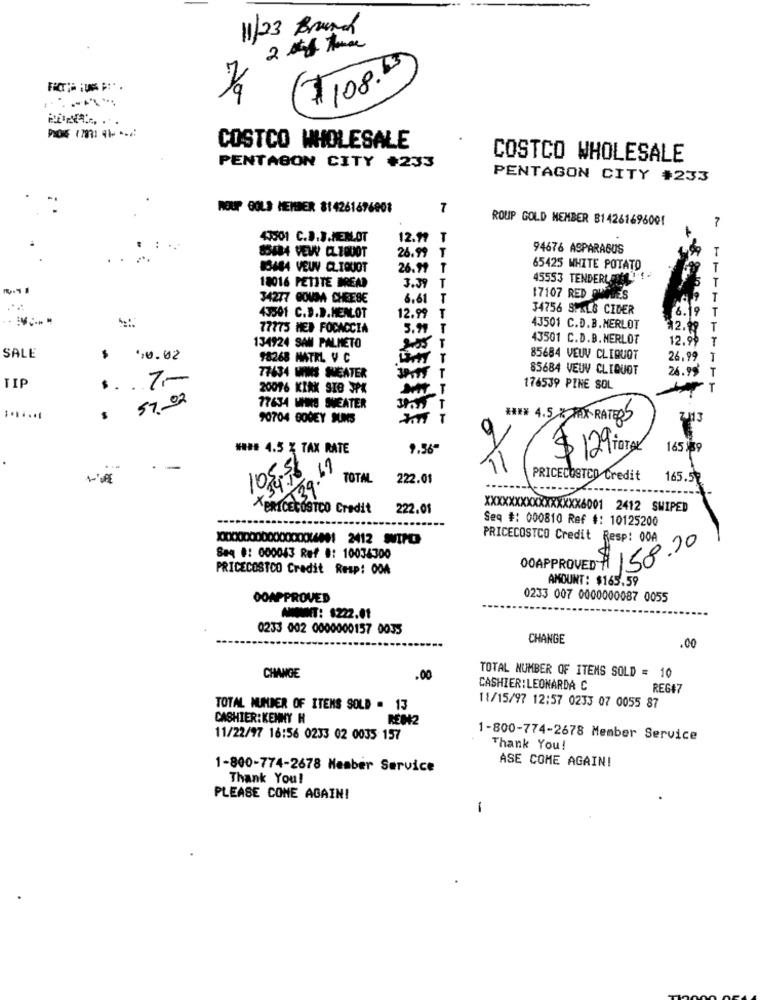
11/23 Brund
$108.2
COSTCO WHOLESALE
COSTCO WHOLESALE
PENTAGON CITY #233
PENTAGON CITY #233
ROUP GOLD MEMBER 814261676001
7
ROUP GOLD MEMBER B14261696001
7
41501 C.J.J.MEN.OT
12.19 T
94676 ASPARAGUS
T
85434 VEW CLEQUOT
26.99 T
15484 VEUV CLIQUOT
26.99 T
65425 WHITE POTATO
T
18016 PETITE BREAD
45553 TENDERLANE !!
3.09 T
T
34277 GOUDA CHEESE
6.61
17107 RED OUMBES
T
34756 SPALS CIDER
43501 C.D.D.MENLOT
12.99
6.19
T
77775 MED FOCACCIA
5.99
43501 C.D.B.MERLOT
T
134924 SAM PALMETO
43501 C.D.B. MERLOT
12.99 T
SALE
$ 90.02
$8268 MATRL V C
85684 VEUV CLIQUOT
26,99
1
85684 VEUV CLIQUOT
$ .. 7-
77434 MINS THEATER
26.99 T
TIP
20016 KIAK SIG JPK
176539 PINE SOL
$ 57.92
77634 UHRE SHEATER
90704 BODEY SUMS
T
HIX 4.5 % MAX RATERS
#### 4.5 % TAX RATE
9.56"
$ 12 org.
165 :39
OF
105.5
39.
TOTAL
222.01
PRICECOSTCO Credit
165.52
PeRICECOSTCO Credit
222.01
XXXXXXXXXXXXXXXX6001 2412 SWIPED
Seq #: 000810 Ref #: 10125200
PRICECOSTCO Credit Resp: 00A
Seq #: 000043 Ref #: 10034300
00APPROVED $ 158.20
PRICECOSTCO Credit Resp: 004
AMOUNT: $165.59
OOAPPROVED
0233 007 0000000087 0055
NONT: $222.01
0233 002 0000000157 0035
CHANGE
.00
CHANGE
.00
TOTAL NUMBER OF ITEMS SOLD = 10
CASHIER:LEONARDA C
REG#7
TOTAL NUMBER OF ITEMS SOLD . 13
11/15/97 12:57 0233 07 0055 87
CASHIER:KENNY H
REH2
11/22/97 16:56 0233 02 0035 157
1-800-774-2678 Member Service
Thank You!
ASE COME AGAIN!
1-800-774-2678 Member Service
Thank You!
PLEASE COME AGAIN!
i